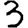
Digit: 3